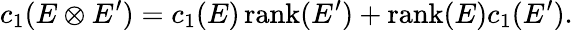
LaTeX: c_{1}(E\otimes E^{\prime})=c_{1}(E)\operatorname{rank}(E^{\prime})+\operatorname{rank}(E)c_{1}(E^{\prime}).